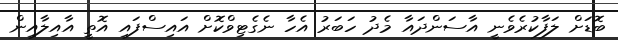
ބޮޑަށް ލަފާކުރެވެނީ އާސަންދައާ މެދު ހަބަރު އެހާ ނެގެޓިވްކޮށް އައިސްފައި އޮތީ އާއިލާއިން